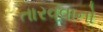
તારવવાનો